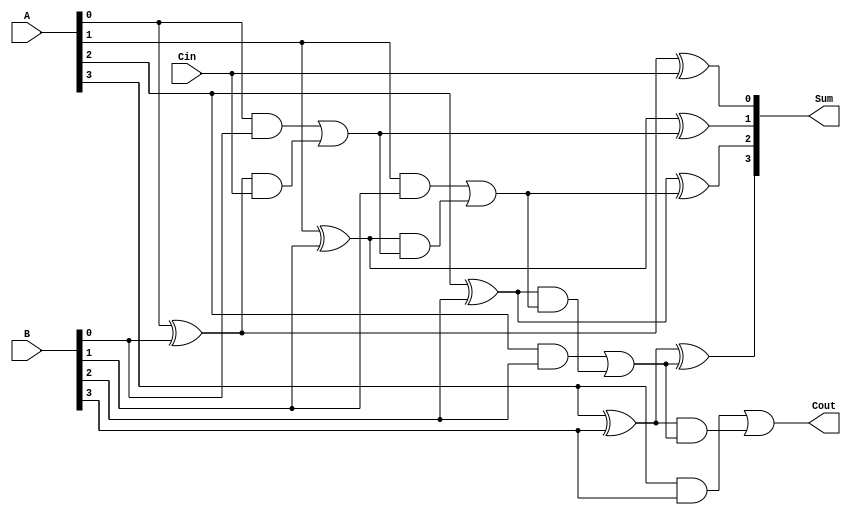
`timescale 1ns / 1ps
//////////////////////////////////////////////////////////////////////////////////
// Company: 
// Engineer: 
// 
// Design Name: 
// Module Name: HBA
// Project Name: 
// Target Devices: 
// Tool Versions: 
// Description: 
// 
// Dependencies: 
// 
// Revision:
// Revision 0.01 - File Created
// Additional Comments:
// 
//////////////////////////////////////////////////////////////////////////////////

//Assignment 2
//Problem 2
//Semseter 5
//Group No. 51
//Pritam Mallick (18CS10042)
//Smayan Das (18CS30011)

//Carry Lookahead Adder

module CLA(A,B,Cin,Sum,Cout);

    input [3:0] A,B;
    input Cin;
    output [3:0] Sum;
    output Cout;
    
    wire [3:0] G,P,C;
    
    assign G[0] = (A[0]&B[0]),
    G[1] = (A[1]&B[1]),
    G[2] = (A[2]&B[2]),
    G[3] = (A[3]&B[3]);
    
    assign P[0] = (A[0]^B[0]),
    P[1] = (A[1]^B[1]),
    P[2] = (A[2]^B[2]),
    P[3] = (A[3]^B[3]);
    
    assign C[0] = Cin;
    assign C[1] = G[0]|(P[0]&C[0]);
    assign C[2] = G[1]|(P[1]&C[1]);
    assign C[3] = G[2]|(P[2]&C[2]);
    assign Cout = G[3]|(P[3]&C[3]);
    
    assign Sum[0] = (P[0]^C[0]),
    Sum[1] = (P[1]^C[1]),
    Sum[2] = (P[2]^C[2]),
    Sum[3] = (P[3]^C[3]);

endmodule

//Hybrid Adder

module HBA(A,B,Cin,Sum,Cout);

    input [7:0] A,B;
    input Cin;
    output [7:0] Sum;
    output Cout;
    
    wire [3:0] A1,B1,A2,B2,S1,S2;
    wire cout;
    
    assign A1[0] = A[0], B1[0] = B[0],
    A1[1] = A[1], B1[1] = B[1],
    A1[2] = A[2], B1[2] = B[2],
    A1[3] = A[3], B1[3] = B[3],
    A2[0] = A[4], B2[0] = B[4],
    A2[1] = A[5], B2[1] = B[5],
    A2[2] = A[6], B2[2] = B[6],
    A2[3] = A[7], B2[3] = B[7];
    
    CLA CarryLook_1(A1,B1,Cin,S1,cout);
    CLA CarryLook_2(A2,B2,cout,S2,Cout);
    
    assign Sum[0] = S1[0],
    Sum[1] = S1[1],
    Sum[2] = S1[2],
    Sum[3] = S1[3],
    Sum[4] = S2[0],
    Sum[5] = S2[1],
    Sum[6] = S2[2],
    Sum[7] = S2[3];

endmodule